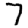
Digit: 7